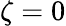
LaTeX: \zeta=0